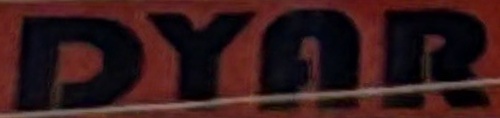
DYAR